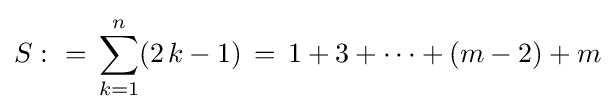
S\,\colon =\,\sum _{k=1}^{n}(2\,k-1)\,=\,1+3+\cdots +(m-2)+m